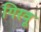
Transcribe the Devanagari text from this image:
गिरवू